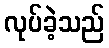
လုပ်ခဲ့သည်